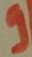
Text: 9